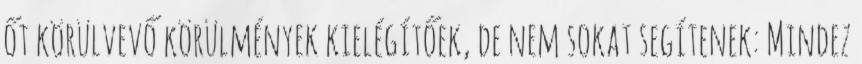
őt körülvevő körülmények kielégítőek, de nem sokat segítenek: Mindez